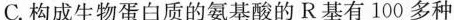
C.构成生物蛋白质的氨基酸的R基有100多种